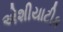
એશીયાટીક